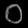
Digit: ၀